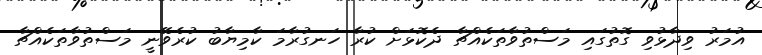
އުމަރު ވިދާޅުވި ގޮތުގައި މަސްތުވާތަކެއްޗާ ދެކޮޅަށް ކުރާ ހަނގުރާމަ ކާމިޔާބު ކުރެވޭނީ މަސްތުވާތަކެއްޗާ